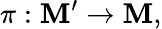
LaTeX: \pi:\mathbf{M}^{\prime}\to\mathbf{M},